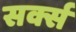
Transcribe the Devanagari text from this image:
सर्क्स